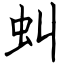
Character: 虯